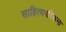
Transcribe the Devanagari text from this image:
साहित्यपरिक्रमा